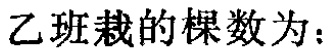
乙班栽的棵数为：